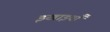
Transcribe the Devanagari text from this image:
इखाइयाँ